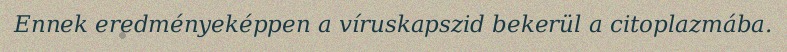
Ennek eredményeképpen a víruskapszid bekerül a citoplazmába.